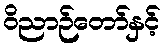
ဝိညာဉ်တော်နှင့်